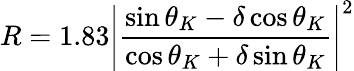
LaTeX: R=1.83\left|{\frac{\sin\theta_{K}-\delta\cos\theta_{K}}{\cos\theta_{K}+\delta\sin\theta_{K}}}\right|^{2}